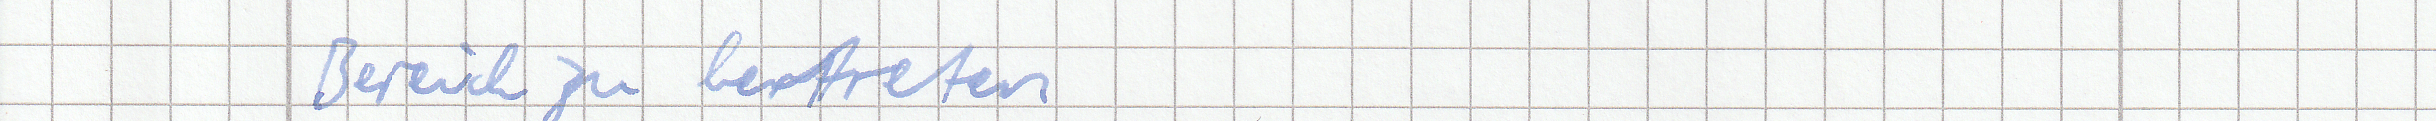
Bereich zu betreten